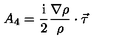
A _ { 4 } = { \frac { \mathrm { i } } { 2 } } { \frac { \nabla \rho } { \rho } } \cdot \vec { \tau }